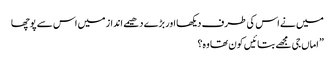
میں نے اس کی طرف دیکھا اور بڑے دھیمے انداز میں اس سے پوچھا
” اماں جی مجھے بتائیں کون تھا وہ؟